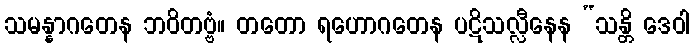
သမန္နာဂတေန ဘဝိတဗ္ဗံ။ တတော ရဟောဂတေန ပဋိသလ္လီနေန “သန္တိ ဒေဝါ